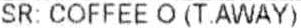
SR: COFFEE O (T.AWAY)